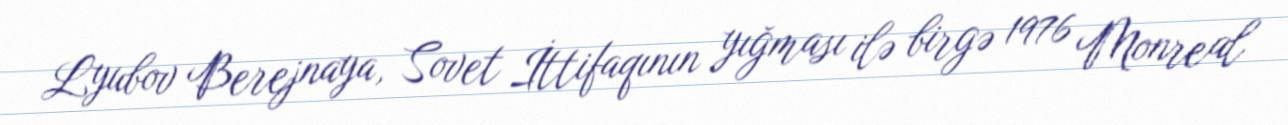
Lyubov Berejnaya, Sovet İttifaqının yığması ilə birgə 1976 Monreal